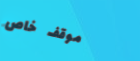
موقف خاص